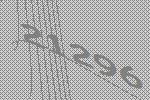
21296